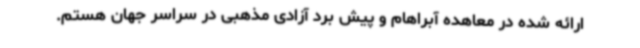
ارائه شده در معاهده آبراهام و پیش برد آزادی مذهبی در سراسر جهان هستم.